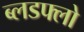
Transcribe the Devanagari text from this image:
ब्लडफ्लो